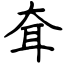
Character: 耷